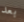
بعد